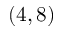
( 4 , 8 )